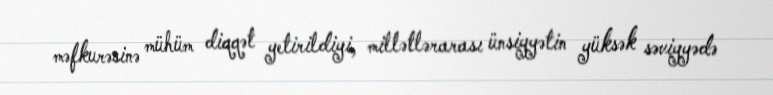
məfkurəsinə mühüm diqqət yetirildiyi, millətlərarası ünsiyyətin yüksək səviyyədə